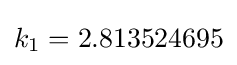
k_{1}=2.813524695